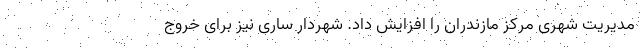
مدیریت شهری مرکز مازندران را افزایش داد. شهردار ساری نیز برای خروج